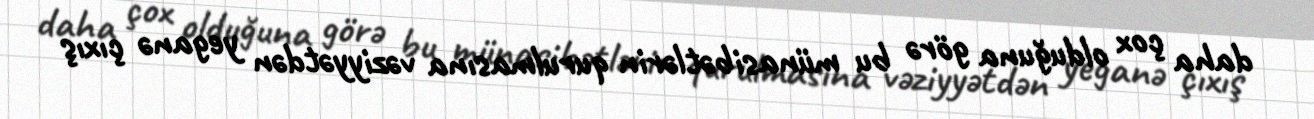
daha çox olduğuna görə bu münasibətlərin qurulmasına vəziyyətdən yeganə çıxış